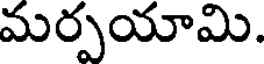
మర్పయామి.